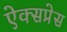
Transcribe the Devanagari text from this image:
ऐक्सप्रेस